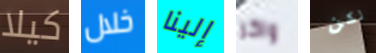
كيلا خلال إلينا واكر لكن